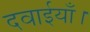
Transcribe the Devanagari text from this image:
दवाईयाँ।